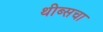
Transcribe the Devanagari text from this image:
थीब्सचा